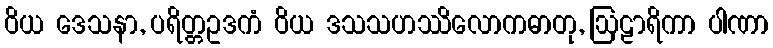
ဝိယ ဒေသနာ, ပရိတ္တဥဒကံ ဝိယ ဒသသဟဿိလောကဓာတု, ဩဠာရိကာ ပါဏာ